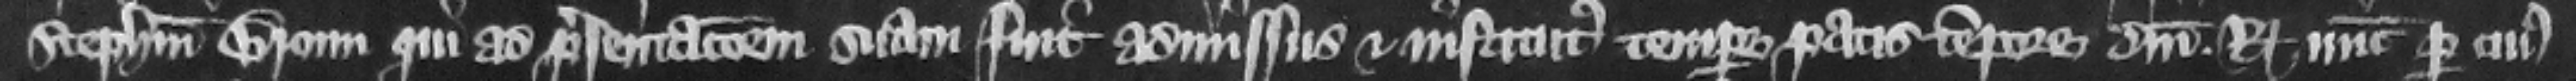
Stephanum Broun qui ad presentacionem suam fuit admissus et institutus tempore pacis tempore domini regis nunc per cuius